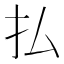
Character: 払